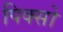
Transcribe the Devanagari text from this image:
पिक्सो